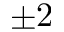
\pm 2